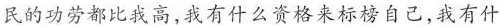
民的功劳都比我高，我有什么资格来标榜自己，我有什